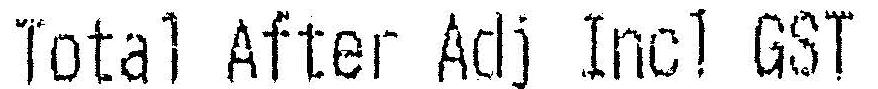
TOTAL AFTER ADJ INCL GST